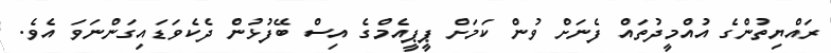
ރައްޔިތުންގެ އުއްމީދުތައް ފެނަށް ވުން ކަމަށް ޕީޕީއެމްގެ އިސް ބޭފުޅުން ދެކެވަޑައިގަންނަވަ އެވެ.